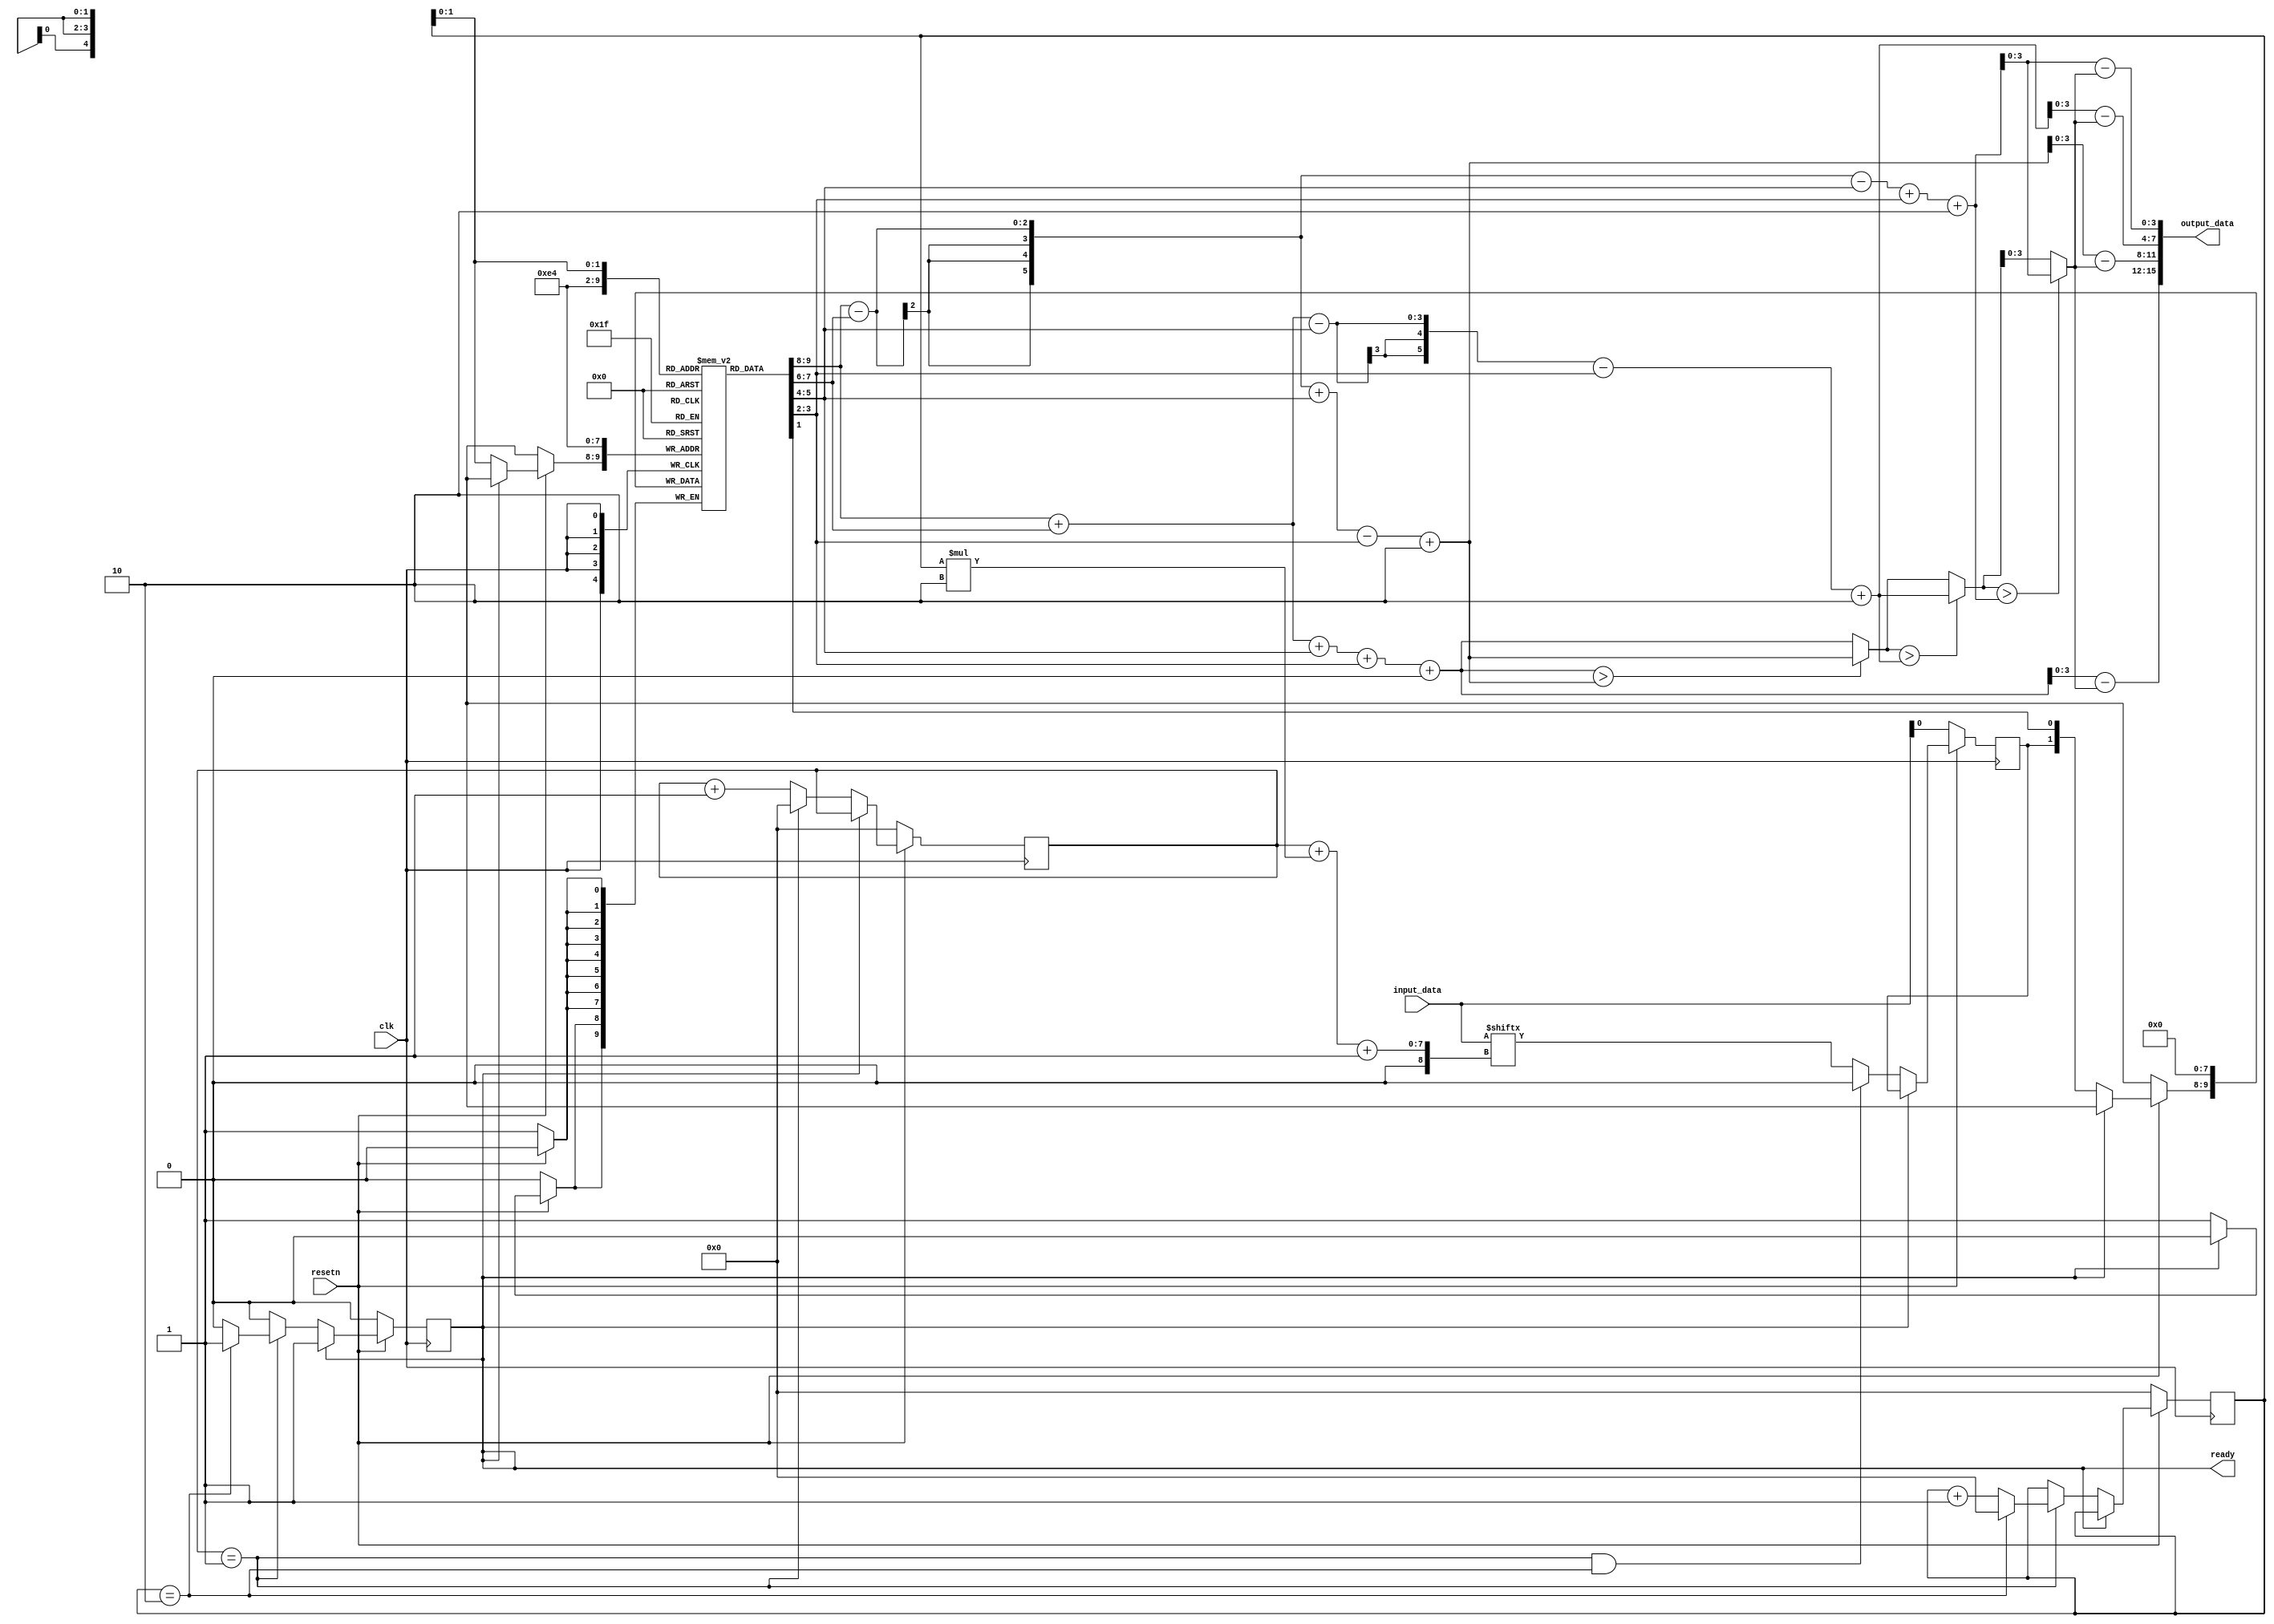
`timescale 1ns / 1ps
//////////////////////////////////////////////////////////////////////////////////
// Company: 
// Engineer: 
// 
// Design Name: 
// Module Name: Tramsmitter
// Project Name: 
// Target Devices: 
// Tool Versions: 
// Description: 
// 
// Dependencies: 
// 
// Revision:
// Revision 0.01 - File Created
// Additional Comments:
// 
//////////////////////////////////////////////////////////////////////////////////


module Tramsmitter #(
    parameter PAM_LEVEL_LOG = 2,
    parameter HADAMARD = 4,
    parameter BIT_NUM = 4,
    parameter MIDLE_BITS = 6, // number of bits of midle registers
    parameter OUT_BITS = HADAMARD * BIT_NUM,
    parameter INPUT_BITS = PAM_LEVEL_LOG * (HADAMARD-1)
    )
    (
    input clk,
    input resetn,
    // input serial_in,
    input[INPUT_BITS-1:0] input_data,
    output reg[OUT_BITS-1:0] output_data,
    output reg ready
    );

    reg[PAM_LEVEL_LOG-1:0] data[HADAMARD-1:0];
    reg[3:0] cnt1;
    reg[3:0] cnt2;

    reg serial_in;

    integer i;
    always @(posedge clk) begin
        if(!resetn) begin
            for(i = 0; i < HADAMARD; i = i + 1)
                data[i] <= 0;
            cnt1 <= 0;
            cnt2 <= 0;
            ready <= 0;
            serial_in <= input_data[0];
        end else if(!ready) begin
            cnt1 <= cnt1 + 1;
            if((cnt1 == (PAM_LEVEL_LOG-1)) && (cnt2 == (HADAMARD-2)))
                serial_in <= 1'b0;
            else
                serial_in <= input_data[(cnt1 + cnt2 * PAM_LEVEL_LOG + 1)];
            if(PAM_LEVEL_LOG >= 2) begin
                data[cnt2] <= {serial_in, data[cnt2][PAM_LEVEL_LOG-1:1]};
            end else begin
                data[cnt2] <= serial_in;
            end
            ready <= 0;
            if(cnt1 == (PAM_LEVEL_LOG-1)) begin
                cnt1 <= 0;
                cnt2 <= cnt2 + 1;
                if(cnt2 == (HADAMARD-2)) begin
                    cnt2 <= 0;
                    ready <= 1;
                end
            end
        end
    end

    wire [MIDLE_BITS-1:0] offset[HADAMARD-1:0];
    
    assign offset[0] = 0;
    genvar j;
    for(j = 1; j < HADAMARD; j = j + 1) begin
        assign offset[j] = (HADAMARD >> 1);
    end

    reg [MIDLE_BITS-1:0] out_vec[HADAMARD-1:0];
    reg [MIDLE_BITS-1:0] min_vec;

    integer k;
    always @(*) begin
        if(HADAMARD == 2) begin
            out_vec[0] = (data[1] + data[0]) + offset[0];
            out_vec[1] = (data[1] - data[0]) + offset[1];

            min_vec = out_vec[0];
            for(k = 1; k < 2; k = k + 1) begin
                if($signed(min_vec) > $signed(out_vec[k]))
                    min_vec = out_vec[k];
            end

            out_vec[0] = out_vec[0] - min_vec;
            out_vec[1] = out_vec[1] - min_vec;

            output_data = {
                out_vec[0][BIT_NUM-1:0],
                out_vec[1][BIT_NUM-1:0]};
        end else if(HADAMARD == 4) begin
            out_vec[0] = (data[3] + data[2] + data[1] + data[0]) + offset[0];
            out_vec[1] = (data[3] - data[2] + data[1] - data[0]) + offset[1];
            out_vec[2] = (data[3] + data[2] - data[1] - data[0]) + offset[2];
            out_vec[3] = (data[3] - data[2] - data[1] + data[0]) + offset[3];

            min_vec = out_vec[0];
            for(k = 1; k < 4; k = k + 1) begin
                if($signed(min_vec) > $signed(out_vec[k]))
                    min_vec = out_vec[k];
            end

            out_vec[0] = out_vec[0] - min_vec;
            out_vec[1] = out_vec[1] - min_vec;
            out_vec[2] = out_vec[2] - min_vec;
            out_vec[3] = out_vec[3] - min_vec;

            output_data = {
                out_vec[0][BIT_NUM-1:0],
                out_vec[1][BIT_NUM-1:0],
                out_vec[2][BIT_NUM-1:0],
                out_vec[3][BIT_NUM-1:0]};
        end else if(HADAMARD == 8) begin
            out_vec[0] = (data[7] + data[6] + data[5] + data[4] +
                data[3] + data[2] + data[1] + data[0]) + offset[0];

            out_vec[1] = (data[7] - data[6] + data[5] - data[4] +
                data[3] - data[2] + data[1] - data[0]) + offset[1];

            out_vec[2] = (data[7] + data[6] - data[5] - data[4] +
                data[3] + data[2] - data[1] - data[0]) + offset[2];

            out_vec[3] = (data[7] - data[6] - data[5] + data[4] +
                data[3] - data[2] - data[1] + data[0]) + offset[3];

            out_vec[4] = (data[7] + data[6] + data[5] + data[4] -
                data[3] - data[2] - data[1] - data[0]) + offset[4];

            out_vec[5] = (data[7] - data[6] + data[5] - data[4] -
                data[3] + data[2] - data[1] + data[0]) + offset[5];

            out_vec[6] = (data[7] + data[6] - data[5] - data[4] -
                data[3] - data[2] + data[1] + data[0]) + offset[6];

            out_vec[7] = (data[7] - data[6] - data[5] + data[4] -
                data[3] + data[2] + data[1] - data[0]) + offset[7];

            min_vec = out_vec[0];
            for(k = 1; k < 8; k = k + 1) begin
                if($signed(min_vec) > $signed(out_vec[k]))
                    min_vec = out_vec[k];
            end

            out_vec[0] = out_vec[0] - min_vec;
            out_vec[1] = out_vec[1] - min_vec;
            out_vec[2] = out_vec[2] - min_vec;
            out_vec[3] = out_vec[3] - min_vec;
            out_vec[4] = out_vec[4] - min_vec;
            out_vec[5] = out_vec[5] - min_vec;
            out_vec[6] = out_vec[6] - min_vec;
            out_vec[7] = out_vec[7] - min_vec;

            output_data = {
                out_vec[0][BIT_NUM-1:0],
                out_vec[1][BIT_NUM-1:0],
                out_vec[2][BIT_NUM-1:0],
                out_vec[3][BIT_NUM-1:0],
                out_vec[4][BIT_NUM-1:0],
                out_vec[5][BIT_NUM-1:0],
                out_vec[6][BIT_NUM-1:0],
                out_vec[7][BIT_NUM-1:0]};
        end else if(HADAMARD == 16) begin
            out_vec[0] = (
                data[15] + data[14] + data[13] + data[12] +
                data[11] + data[10] + data[9] + data[8] +
                data[7] + data[6] + data[5] + data[4] +
                data[3] + data[2] + data[1] + data[0]) + offset[0];

            out_vec[1] = (
                data[15] - data[14] + data[13] - data[12] +
                data[11] - data[10] + data[9] - data[8] +
                data[7] - data[6] + data[5] - data[4] +
                data[3] - data[2] + data[1] - data[0]) + offset[1];

            out_vec[2] = (
                data[15] + data[14] - data[13] - data[12] +
                data[11] + data[10] - data[9] - data[8] +
                data[7] + data[6] - data[5] - data[4] +
                data[3] + data[2] - data[1] - data[0]) + offset[2];

            out_vec[3] = (
                data[15] - data[14] - data[13] + data[12] +
                data[11] - data[10] - data[9] + data[8] +
                data[7] - data[6] - data[5] + data[4] +
                data[3] - data[2] - data[1] + data[0]) + offset[3];

            out_vec[4] = (
                data[15] + data[14] + data[13] + data[12] -
                data[11] - data[10] - data[9] - data[8] +
                data[7] + data[6] + data[5] + data[4] -
                data[3] - data[2] - data[1] - data[0]) + offset[4];

            out_vec[5] = (
                data[15] - data[14] + data[13] - data[12] -
                data[11] + data[10] - data[9] + data[8] +
                data[7] - data[6] + data[5] - data[4] -
                data[3] + data[2] - data[1] + data[0]) + offset[5];

            out_vec[6] = (
                data[15] + data[14] - data[13] - data[12] -
                data[11] - data[10] + data[9] + data[8] +
                data[7] + data[6] - data[5] - data[4] -
                data[3] - data[2] + data[1] + data[0]) + offset[6];

            out_vec[7] = (
                data[15] - data[14] - data[13] + data[12] -
                data[11] + data[10] + data[9] - data[8] +
                data[7] - data[6] - data[5] + data[4] -
                data[3] + data[2] + data[1] - data[0]) + offset[7];

            out_vec[8] = (
                data[15] + data[14] + data[13] + data[12] +
                data[11] + data[10] + data[9] + data[8] -
                data[7] - data[6] - data[5] - data[4] -
                data[3] - data[2] - data[1] - data[0]) + offset[8];

            out_vec[9] = (
                data[15] - data[14] + data[13] - data[12] +
                data[11] - data[10] + data[9] - data[8] -
                data[7] + data[6] - data[5] + data[4] -
                data[3] + data[2] - data[1] + data[0]) + offset[9];

            out_vec[10] = (
                data[15] + data[14] - data[13] - data[12] +
                data[11] + data[10] - data[9] - data[8] -
                data[7] - data[6] + data[5] + data[4] -
                data[3] - data[2] + data[1] + data[0]) + offset[10];

            out_vec[11] = (
                data[15] - data[14] - data[13] + data[12] +
                data[11] - data[10] - data[9] + data[8] -
                data[7] + data[6] + data[5] - data[4] -
                data[3] + data[2] + data[1] - data[0]) + offset[11];

            out_vec[12] = (
                data[15] + data[14] + data[13] + data[12] -
                data[11] - data[10] - data[9] - data[8] -
                data[7] - data[6] - data[5] - data[4] +
                data[3] + data[2] + data[1] + data[0]) + offset[12];

            out_vec[13] = (
                data[15] - data[14] + data[13] - data[12] -
                data[11] + data[10] - data[9] + data[8] -
                data[7] + data[6] - data[5] + data[4] +
                data[3] - data[2] + data[1] - data[0]) + offset[13];

            out_vec[14] = (
                data[15] + data[14] - data[13] - data[12] -
                data[11] - data[10] + data[9] + data[8] -
                data[7] - data[6] + data[5] + data[4] +
                data[3] + data[2] - data[1] - data[0]) + offset[14];

            out_vec[15] = (
                data[15] - data[14] - data[13] + data[12] -
                data[11] + data[10] + data[9] - data[8] -
                data[7] + data[6] + data[5] - data[4] +
                data[3] - data[2] - data[1] + data[0]) + offset[15];

            min_vec = out_vec[0];
            for(k = 1; k < 16; k = k + 1) begin
                if($signed(min_vec) > $signed(out_vec[k]))
                    min_vec = out_vec[k];
            end

            out_vec[0] = out_vec[0] - min_vec;
            out_vec[1] = out_vec[1] - min_vec;
            out_vec[2] = out_vec[2] - min_vec;
            out_vec[3] = out_vec[3] - min_vec;
            out_vec[4] = out_vec[4] - min_vec;
            out_vec[5] = out_vec[5] - min_vec;
            out_vec[6] = out_vec[6] - min_vec;
            out_vec[7] = out_vec[7] - min_vec;
            out_vec[8] = out_vec[8] - min_vec;
            out_vec[9] = out_vec[9] - min_vec;
            out_vec[10] = out_vec[10] - min_vec;
            out_vec[11] = out_vec[11] - min_vec;
            out_vec[12] = out_vec[12] - min_vec;
            out_vec[13] = out_vec[13] - min_vec;
            out_vec[14] = out_vec[14] - min_vec;
            out_vec[15] = out_vec[15] - min_vec;

            output_data = {
                out_vec[0][BIT_NUM-1:0],
                out_vec[1][BIT_NUM-1:0],
                out_vec[2][BIT_NUM-1:0],
                out_vec[3][BIT_NUM-1:0],
                out_vec[4][BIT_NUM-1:0],
                out_vec[5][BIT_NUM-1:0],
                out_vec[6][BIT_NUM-1:0],
                out_vec[7][BIT_NUM-1:0],
                out_vec[8][BIT_NUM-1:0],
                out_vec[9][BIT_NUM-1:0],
                out_vec[10][BIT_NUM-1:0],
                out_vec[11][BIT_NUM-1:0],
                out_vec[12][BIT_NUM-1:0],
                out_vec[13][BIT_NUM-1:0],
                out_vec[14][BIT_NUM-1:0],
                out_vec[15][BIT_NUM-1:0]};
        end
    end
endmodule